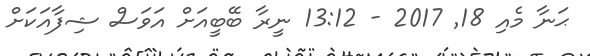
ޙަނާ މެއި 18